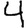
Digit: 4